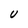
Character: U